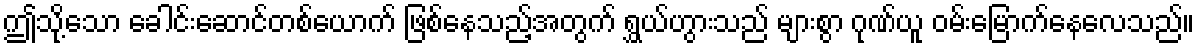
ဤသို့သော ခေါင်းဆောင်တစ်ယောက် ဖြစ်နေသည့်အတွက် ရွှယ်ဟွားသည် များစွာ ဂုဏ်ယူ ဝမ်းမြောက်နေလေသည်။